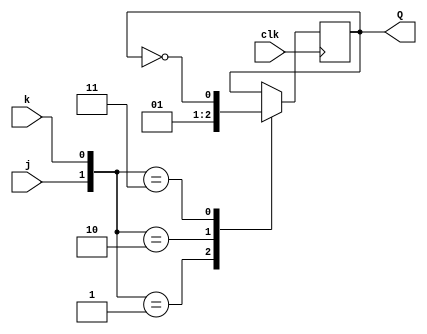
module top_module (
    input clk,
    input j,
    input k,
    output Q); 
    
    wire[1:0] JK;
    assign JK = {j, k};
    reg out;
    assign Q = out;
    
    always @ ( posedge clk ) begin
        out <= out;
        case (JK )
            2'b01 : out <= 0;
            2'b10 : out <= 1;
            2'b11 : out <= ~out;
        endcase
    end // always

endmodule